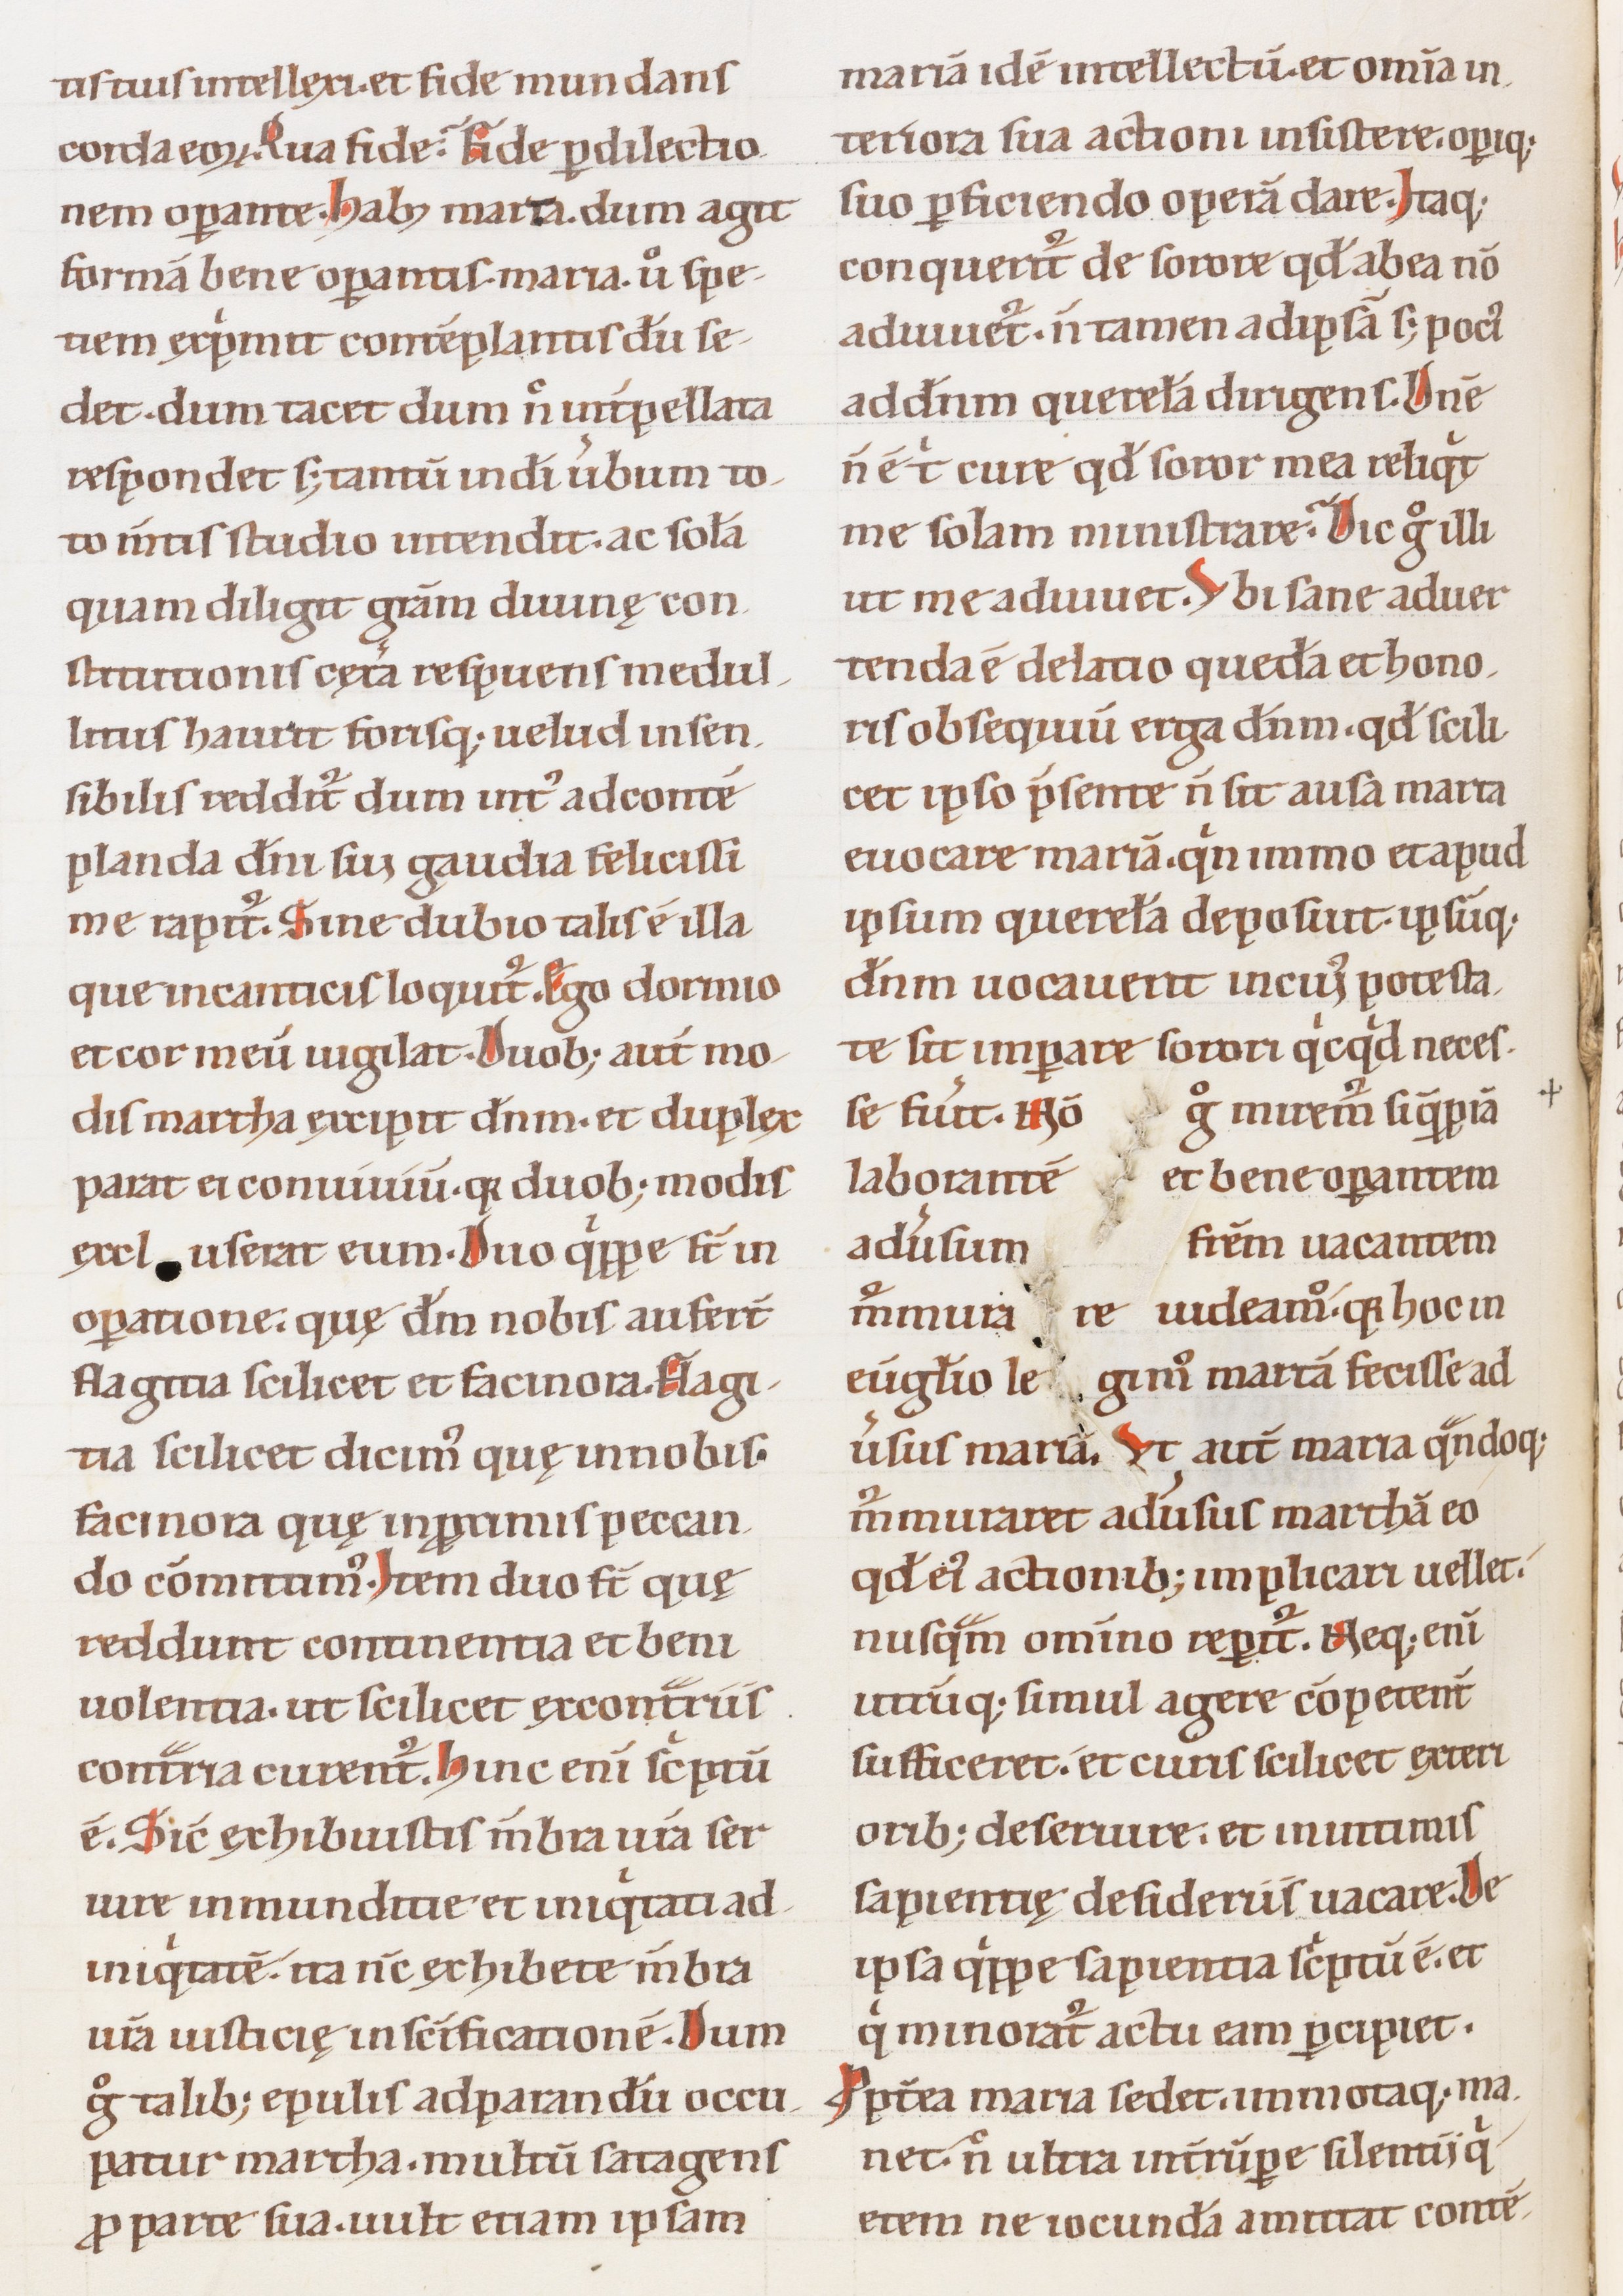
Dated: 1100–1199